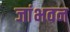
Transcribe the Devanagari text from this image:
जांभवन